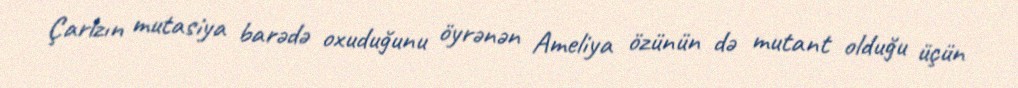
Çarlzın mutasiya barədə oxuduğunu öyrənən Ameliya özünün də mutant olduğu üçün